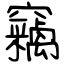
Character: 竊